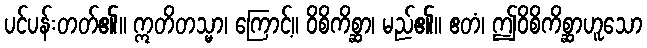
ပင်ပန်းတတ်၏။ ဣတိတသ္မာ၊ ကြောင့်။ ဝိစိကိစ္ဆာ၊ မည်၏။ ဧတံ၊ ဤဝိစိကိစ္ဆာဟူသော